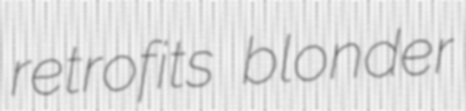
retrofits blonder